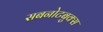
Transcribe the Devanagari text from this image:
सबनोटबुक्स